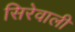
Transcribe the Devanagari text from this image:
सिरेवाली